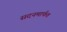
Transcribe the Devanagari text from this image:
सदनमार्फत